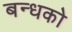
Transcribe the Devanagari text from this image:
बन्धको